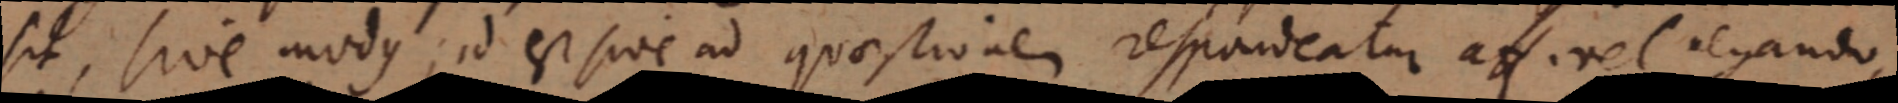
sit, sive modus, id est sive ad quaestionem respondeatur af. vel negando,